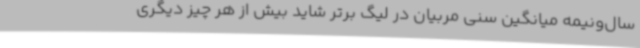
سال‌ونیمه میانگین سنی مربیان در لیگ برتر شاید بیش از هر چیز دیگری